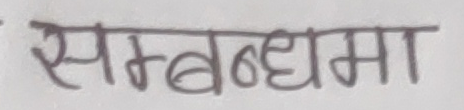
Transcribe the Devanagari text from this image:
सम्बन्धमा